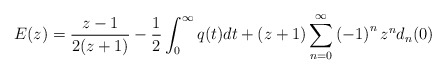
\begin{align*}E(z)=\frac{z-1}{2(z+1)}-\frac{1}{2}\int_{0}^{\infty}q(t)dt+(z+1)\sum_{n=0}^{\infty}\left( -1\right) ^{n}z^{n}d_{n}(0) \end{align*}